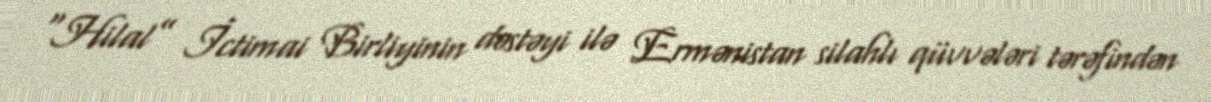
“Hilal” İctimai Birliyinin dəstəyi ilə Ermənistan silahlı qüvvələri tərəfindən